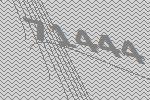
71444